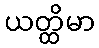
ယတ္ထိမာ